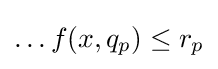
\ldots f(x,q_{p})\leq r_{p}\,\!